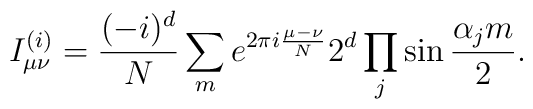
I^{(i)}_{\mu\nu}={(-i)^d\over N}\sum_m{e^{2\pi i{\mu-\nu\over N}}2^d\prod\limits_j\sin{\alpha_j m\over 2}}.